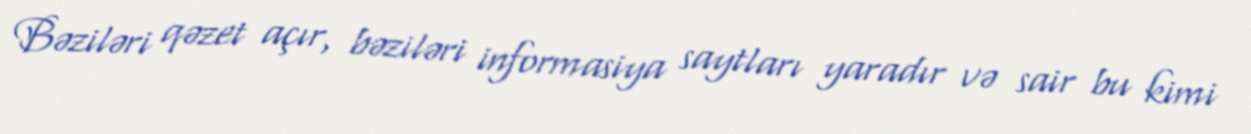
Bəziləri qəzet açır, bəziləri informasiya saytları yaradır və sair bu kimi